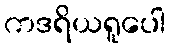
ကဒရိယရူပေါ